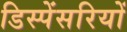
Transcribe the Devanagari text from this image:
डिस्पेंसरियों